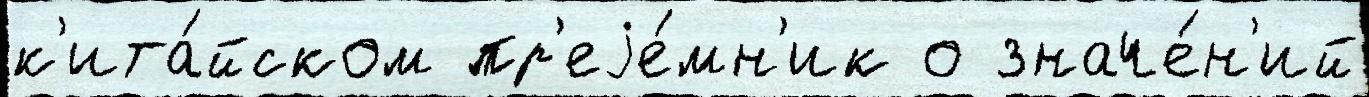
к'ита́йском пр'еjе́мн'ик о значе́н'ий